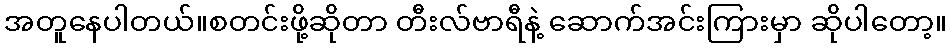
အတူနေပါတယ်။စတင်းဖို့ဆိုတာ တီးလ်ဗာရီနဲ့ ဆောက်အင်းကြားမှာ ဆိုပါတော့။